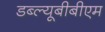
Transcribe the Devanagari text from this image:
डब्ल्यूबीबीएम